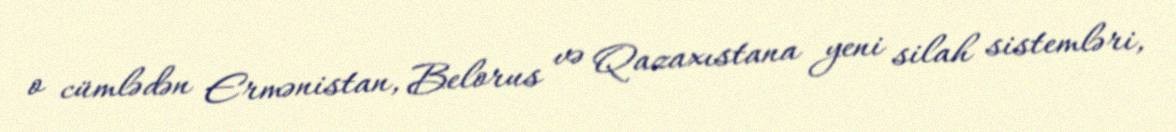
o cümlədən Ermənistan, Belorus və Qazaxıstana yeni silah sistemləri,